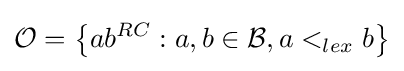
{\mathcal {O}}=\left\{ab^{RC}:a,b\in {\mathcal {B}},a<_{lex}b\right\}